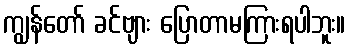
ကျွန်တော် ခင်ဗျား ပြောတာမကြားရပါဘူး။